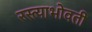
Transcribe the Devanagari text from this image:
रस्त्याभोवती